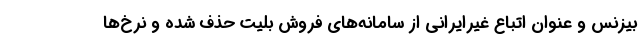
بیزنس و عنوان اتباع غیرایرانی از سامانه‌های فروش بلیت حذف شده و نرخ‌ها